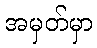
အမှတ်မှာ